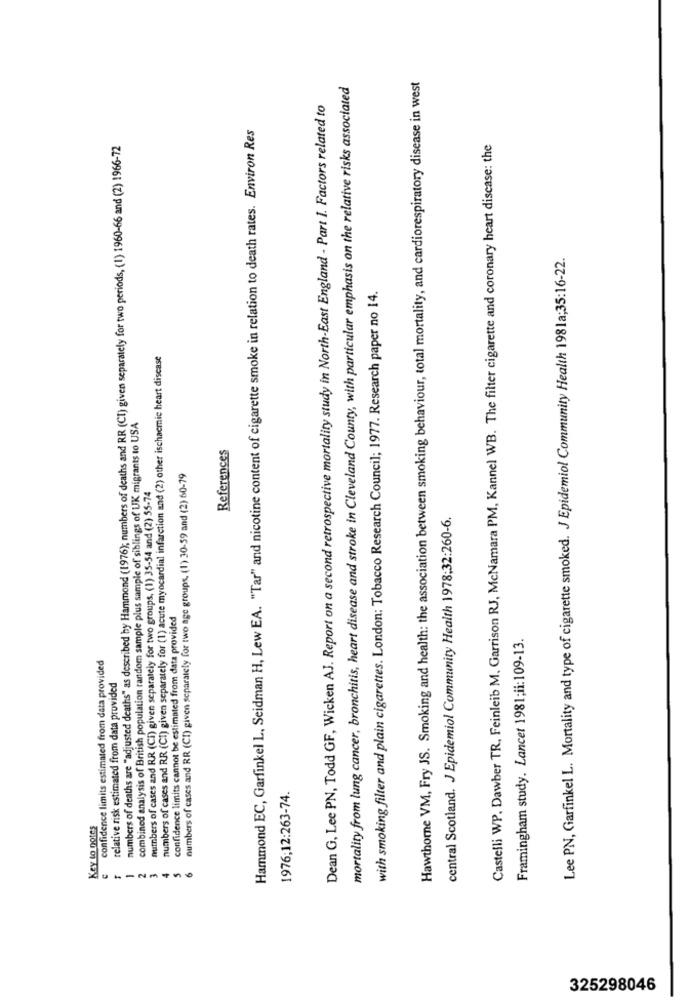
mortality from lung cancer, bronchitis, heart disease and stroke in Cleveland County, with particular emphasis on the relative risks associated
Hawthorne VM, Fry JS. Smoking and health: the association between smoking behaviour, total mortality, and cardiorespiratory disease in west
Dean G, Lee PN, Todd GF, Wicken AJ. Report on a second retrospective mortality study in North-East England - Part 1. Factors related to
Hammond EC, Garfinkel L, Seidman H, Lew EA. "Tar" and nicotine content of cigarette smoke in relation to death rates. Environ Res
numbers of deaths are "adjusted deaths" as described by Hammond (1976); numbers of deaths and RR (CT) given separately for two periods, (1) 1960-66 and (2) 1966-72
Castelli WP. Dawber TR, Feinleib M. Garrison RJ, McNamara PM, Kannel WB. The filter cigarette and coronary heart disease: the
Lee PN, Garfinkel L. Mortality and type of cigarette smoked. J Epidemiol Community Health 1981a;35:16-22.
with smoking filter and plain cigarettes. London: Tobacco Research Council; 1977. Research paper no 14.
numbers of cases and RR (CT) given separately for (1) acute myocardial infarction and (2) other ischacmic heart disease
combined analysis of British population random sample plus sample of siblings of UK migrants to USA
References
numbers of cases and RR (CI) given separately for two age groups, (1) 30-59 and (2) 60-79
numbers of cases and RR (Ci) given separately for two groups, (1) 35-54 and (2) 55-74
central Scotland. J Epidemiol Community Health 1978:32:260-6.
confidence limits cannot be estimated from data provided
Framingham study. Lancet 1981;ii:109-13.
confidence limits estimated from data provided
relative risk estimated from data provided
1976;12:263-74.
Key to notes
4
325298046